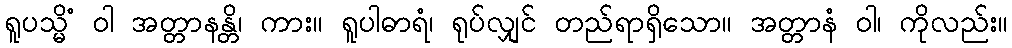
ရူပသ္မိံ ဝါ အတ္တာနန္တိ၊ ကား။ ရူပါဓာရံ၊ ရုပ်လျှင် တည်ရာရှိသော။ အတ္တာနံ ဝါ၊ ကိုလည်း။